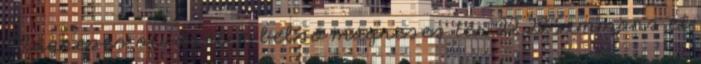
Mágneses ötvözetek belső mágneses tér 22 22 Simmons et